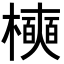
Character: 𪴑